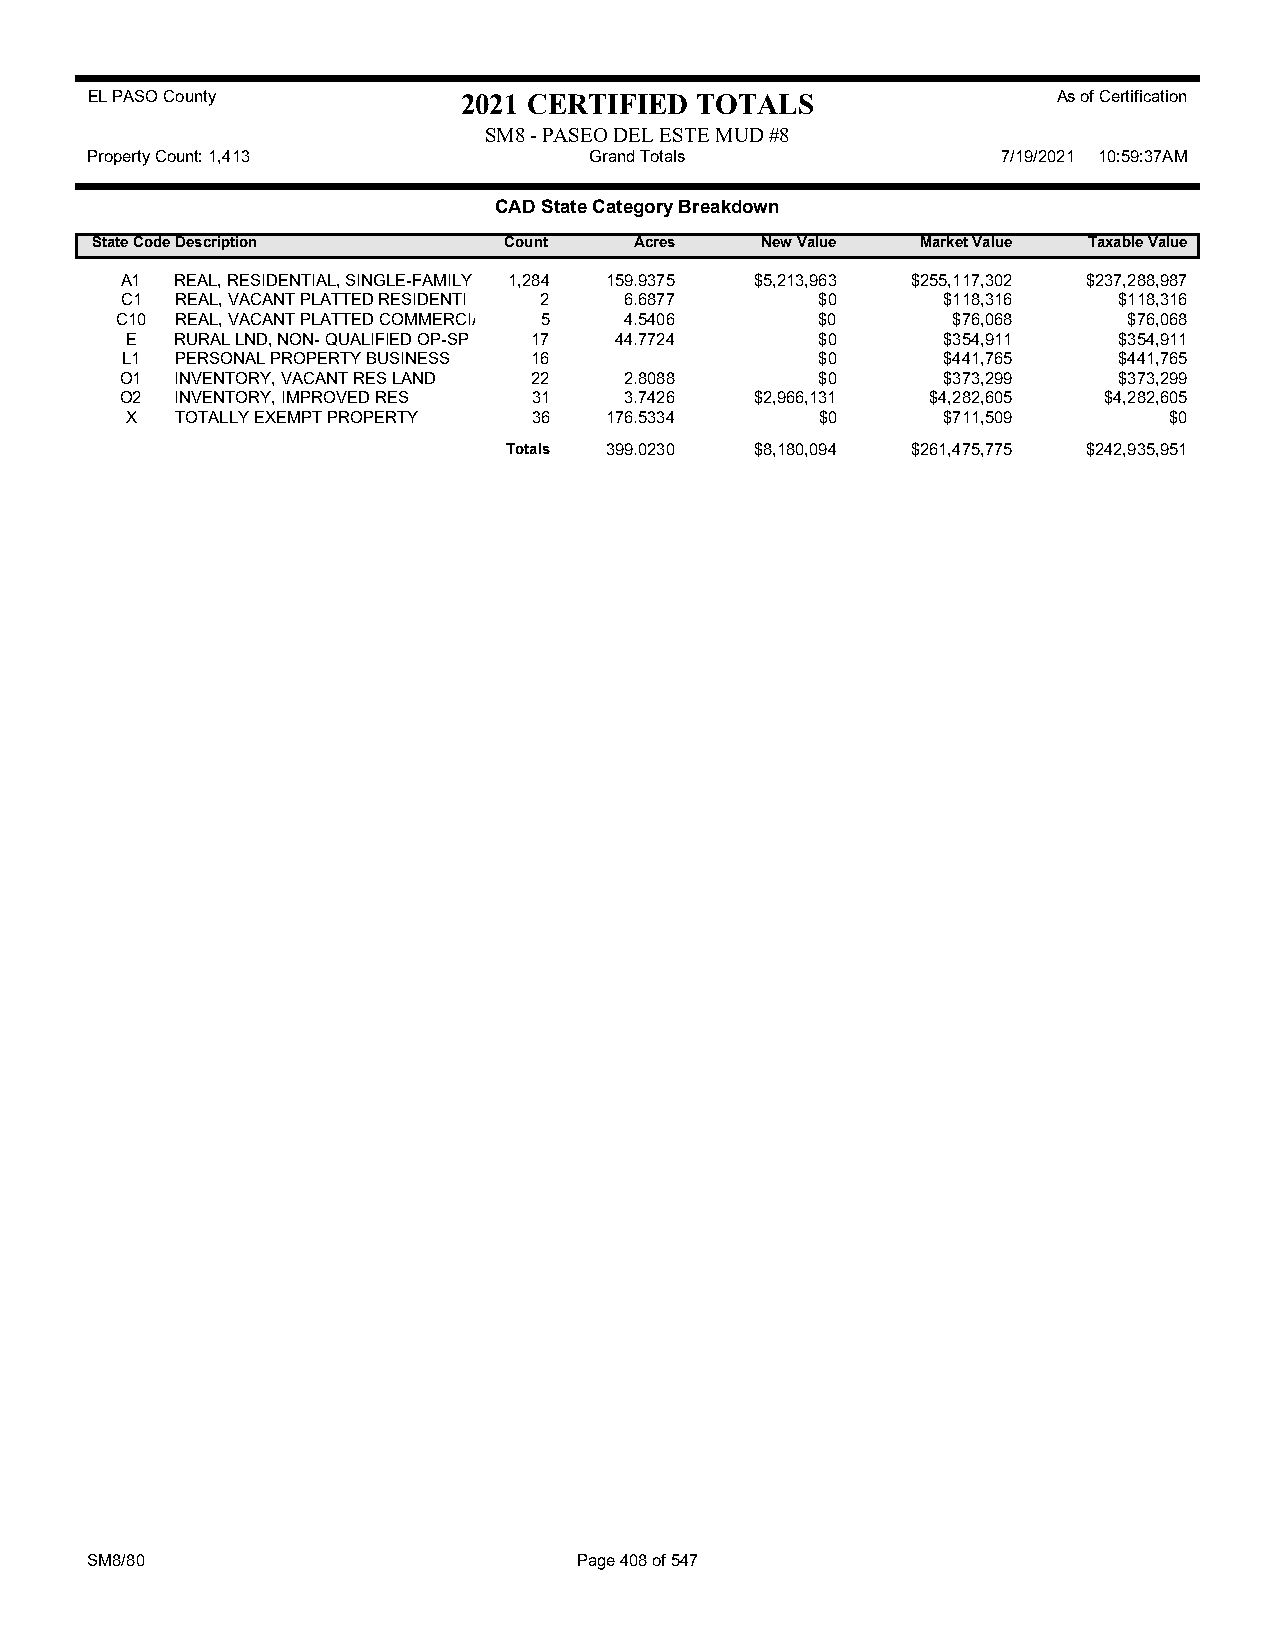
EL PASO County           2021 CERTIFIED TOTALS                  As of Certification
 SM8 - PASEO DEL ESTE MUD #8
 Property Count: 1,413            Grand Totals               7/19/2021 10:59:37AM
 CAD State Category Breakdown
 State CodeDescription      Count    Acres   New Value  Market Value Taxable Value
 A1  REAL, RESIDENTIAL, SINGLE-FAMILY 1,284 159.9375 $5,213,963 $255,117,302 $237,288,987
 C1  REAL, VACANT PLATTED RESIDENTI 2 6.6877   $0      $118,316    $118,316
 C10 REAL, VACANT PLATTED COMMERCIA 5 4.5406   $0       $76,068     $76,068
 E   RURAL LND, NON- QUALIFIED OP-SP 17 44.7724 $0     $354,911    $354,911
 L1  PERSONAL PROPERTY BUSINESS 16             $0      $441,765    $441,765
 O1  INVENTORY, VACANT RES LAND 22 2.8088      $0      $373,299    $373,299
 O2  INVENTORY, IMPROVED RES 31   3.7426   $2,966,131  $4,282,605 $4,282,605
 X   TOTALLY EXEMPT PROPERTY 36  176.5334      $0      $711,509       $0
 Totals 399.0230 $8,180,094 $261,475,775 $242,935,951
 SM8/80                          Page 408 of 547